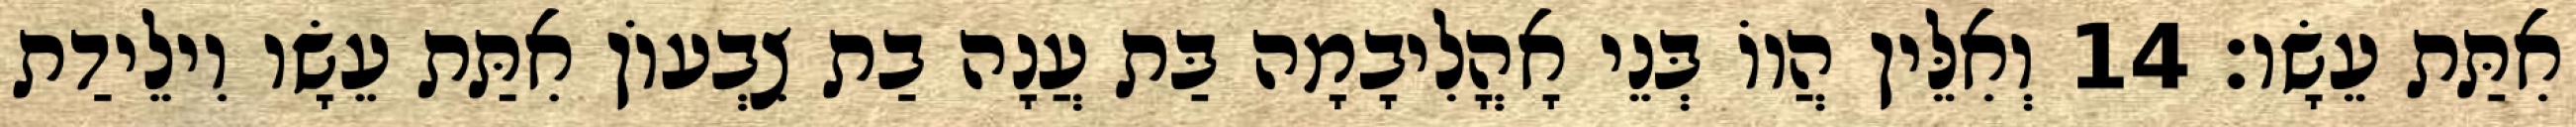
אִתַּת עֵשָׂו׃ 14 וְאִלֵּין הֲווֹ בְּנֵי אָהֳלִיבָמָה בַּת עֲנָה בַת צִבְעוֹן אִתַּת עֵשָׂו וִילֵידַת